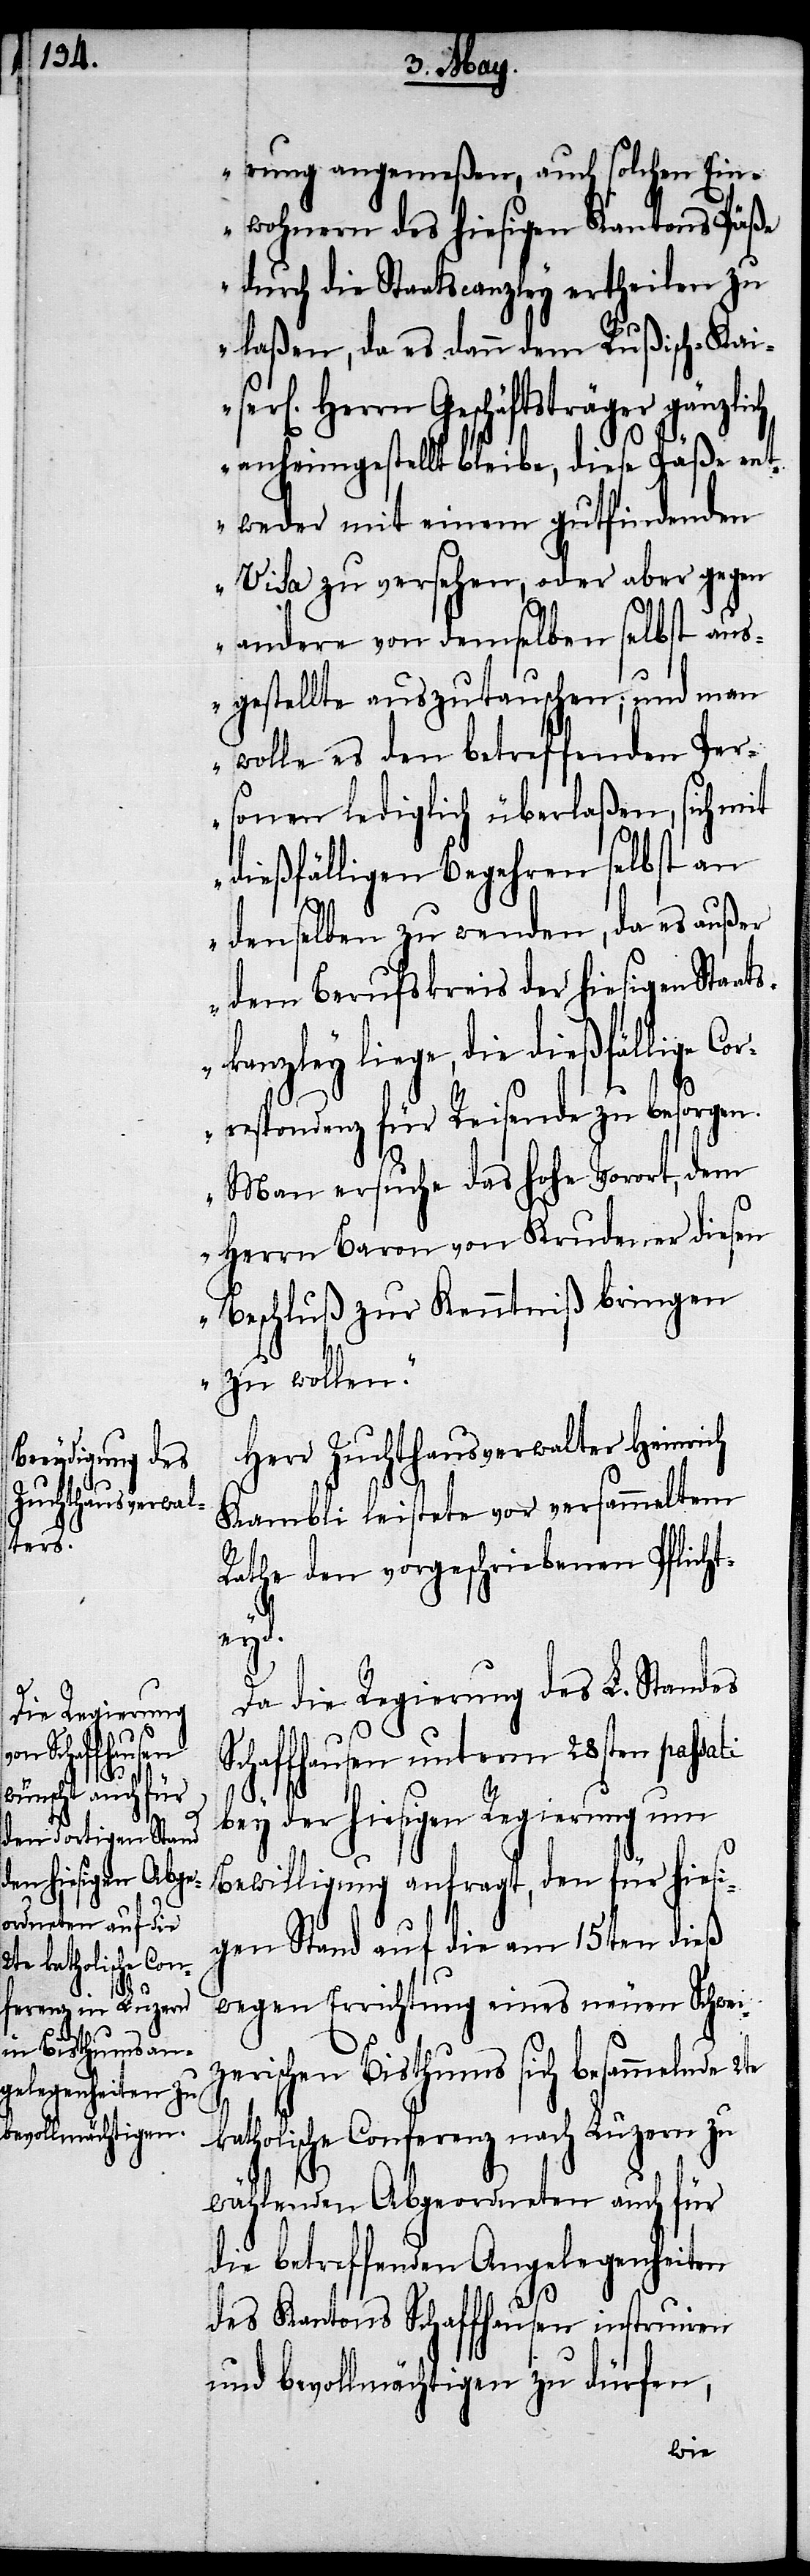
serl[i¬

rung angemeßen, auch solchen Ein¬
wohnern des hiesigen Kantons Päß¬
e durch die Staatscanzley ertheilen zu
laßen, da es dann dem Rußisch-Kai¬
chen] Herrn Geschäftsträger gänzlich
anheimgestellt bleibe, diese Päße ent¬
weder mit einem gutfindenden
Visa zu versehen, oder aber gegen
andere von demselben selbst aus¬
gestellte auszutauschen; und man
wolle es den betreffenden Per¬
sonen lediglich überlaßen, sich mit
dießfälligen Begehren selbst an
denselben zu wenden, da es außer
dem Berufskreis der hiesigen Staat¬
ge, die dießfällige
respondenz für Reisende zu besorgen.
Man ersuche das hohe Vorort, dem
Herrn Baron von Krudener diesen
Beschluß zur Kenntniß bringen
zu wollen.“
Herr Zuchthausverwalter Heinrich
Kambli leistete vor versammeltem
Rathe den vorgeschriebenen Pflicht¬
eyd.
Da die Regierung des L. Standes
Schaffhausen unterm 28sten passati
bey der hiesigen Regierung um
Bewilligung anfragt, den für hiesi¬
gen Stand auf die am 15ten dieß
wegen Errichtung eines neuen Schwei¬
zerischen Bisthums sich besammelnde
katholische Conferenz nach Luzern zu
wählenden Abgeordneten auch für
die betreffenden Angelegenheiten
des Kantons Schaffhausen instruieren
und bevollmächtigen zu dürfen,
Cor¬